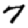
Digit: 7